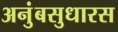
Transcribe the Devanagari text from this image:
अनुंबसुधारस